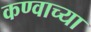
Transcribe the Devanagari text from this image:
कण्वाच्या